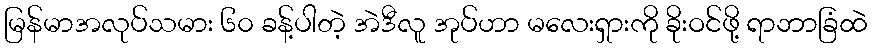
မြန်မာအလုပ်သမား ၆၀ ခန့်ပါတဲ့ အဲဒီလူ အုပ်ဟာ မလေးရှားကို ခိုးဝင်ဖို့ ရာဘာခြံထဲ